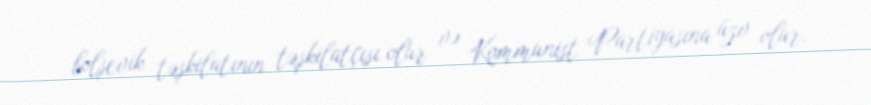
bolşevik təşkilatının təşkilatçısı olur və Kommunist Partiyasına üzv olur.